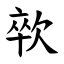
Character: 㰵